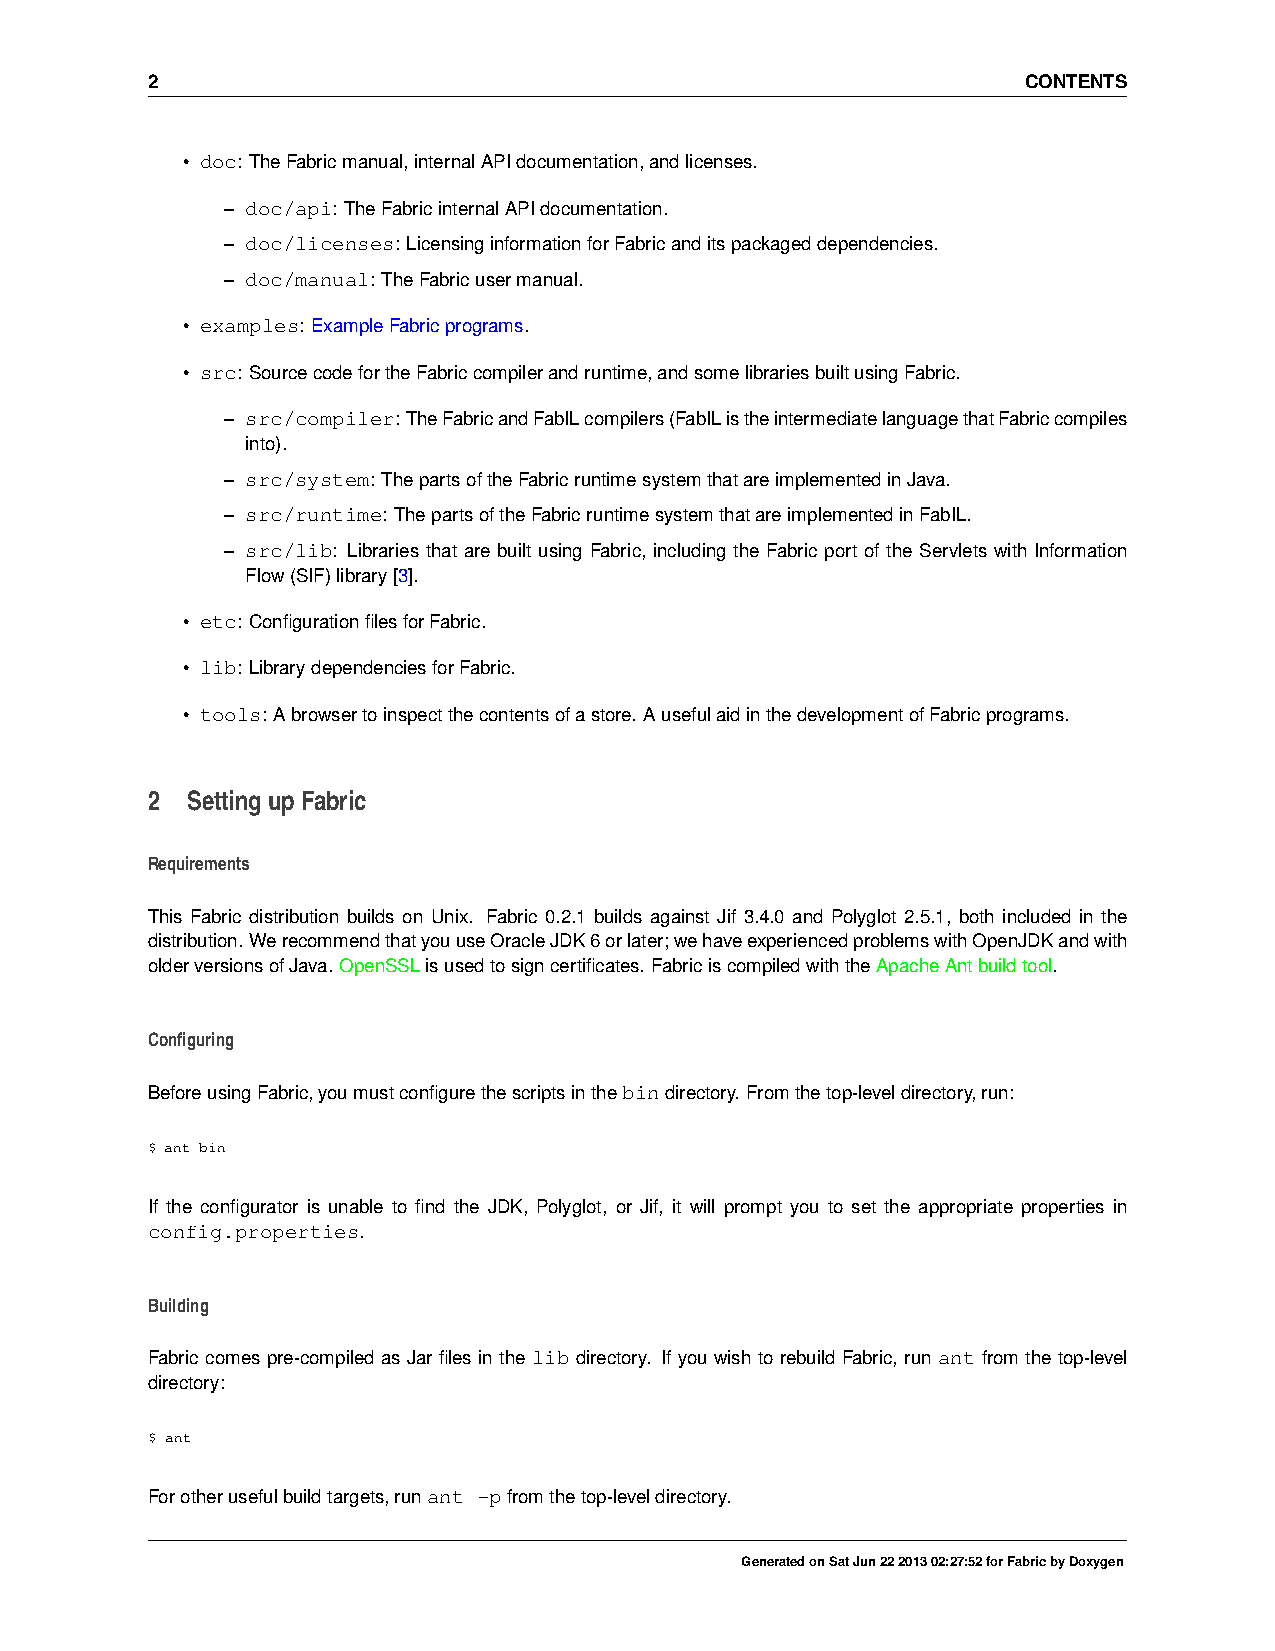
2                                                         CONTENTS
 • doc: TheFabricmanual,internalAPIdocumentation,andlicenses.
 – doc/api: TheFabricinternalAPIdocumentation.
 – doc/licenses: LicensinginformationforFabricanditspackageddependencies.
 – doc/manual: TheFabricusermanual.
 • examples: ExampleFabricprograms.
 • src: SourcecodefortheFabriccompilerandruntime,andsomelibrariesbuiltusingFabric.
 – src/compiler:TheFabricandFabILcompilers(FabIListheintermediatelanguagethatFabriccompiles
 into).
 – src/system: ThepartsoftheFabricruntimesystemthatareimplementedinJava.
 – src/runtime: ThepartsoftheFabricruntimesystemthatareimplementedinFabIL.
 – src/lib: Libraries that are built using Fabric, including the Fabric port of the Servlets with Information
 Flow(SIF)library[3].
 • etc: ConfigurationfilesforFabric.
 • lib: LibrarydependenciesforFabric.
 • tools: Abrowsertoinspectthecontentsofastore. AusefulaidinthedevelopmentofFabricprograms.
 2 SettingupFabric
 Requirements
 This Fabric distribution builds on Unix. Fabric 0.2.1 builds against Jif 3.4.0 and Polyglot 2.5.1, both included in the
 distribution. WerecommendthatyouuseOracleJDK6orlater;wehaveexperiencedproblemswithOpenJDKandwith
 olderversionsofJava. OpenSSLisusedtosigncertificates. FabriciscompiledwiththeApacheAntbuildtool.
 Configuring
 BeforeusingFabric,youmustconfigurethescriptsinthebindirectory. Fromthetop-leveldirectory,run:
 $ ant bin
 If the configurator is unable to find the JDK, Polyglot, or Jif, it will prompt you to set the appropriate properties in
 config.properties.
 Building
 Fabric comes pre-compiled as Jar files in the lib directory. If you wish to rebuild Fabric, run ant from the top-level
 directory:
 $ ant
 Forotherusefulbuildtargets,runant -pfromthetop-leveldirectory.
 GeneratedonSatJun22201302:27:52forFabricbyDoxygen